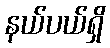
နယ်ပယ်ရှိ